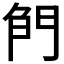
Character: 𠝎